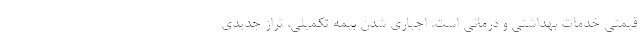
قیمتی خدمات بهداشتی و درمانی است. اجباری شدن بیمه تکمیلی، تراز جدیدی